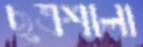
ছত্রশালা